Civil Veterinary Department Bihar & Orissa reports 1911-21 - 1911-1921
Year: 1911
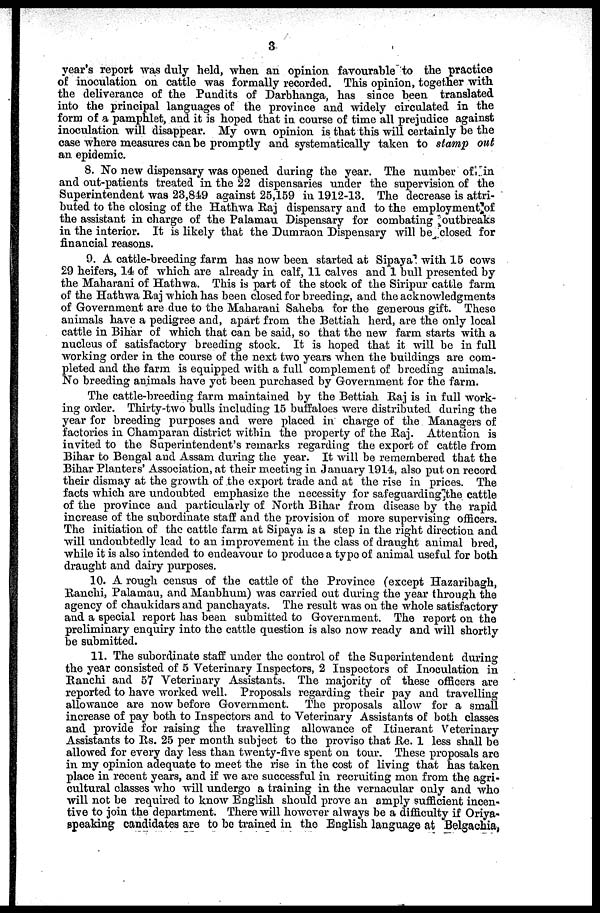
3
year's report was duly held, when an opinion favourable to the practice
of inoculation on cattle was formally recorded. This opinion, together with
the deliverance of the Pundits of Darbhanga, has since been translated
into the principal languages of the province and widely circulated in the
form of a pamphlet, and it is hoped that in course of time all prejudice against
inoculation will disappear. My own opinion is that this will certainly be the
case where measures can be promptly and systematically taken to stamp out
an epidemic.
8. No new dispensary was opened during the year. The number of, in
and out-patients treated in the 22 dispensaries under the supervision of the
Superintendent was 23,849 against 25,159 in 1912-13. The decrease is attri-
buted to the closing of the Hathwa Raj dispensary and to the employment of
the assistant in charge of the Palamau Dispensary for combating outbreaks
in the interior. It is likely that the Dumraon Dispensary will be closed for
financial reasons.
9. A cattle-breeding farm has now been started at Sipaya with 15 cows
29 heifers, 14 of which are already in calf, 11 calves and 1 bull presented by
the Maharani of Hathwa. This is part of the stock of the Siripur cattle farm
of the Hathwa Raj which has been closed for breeding, and the acknowledgments
of Government are due to the Maharani Saheba for the generous gift. These
animals have a pedigree and, apart from the Bettiah herd, are the only local
cattle in Bihar of which that can be said, so that the new farm starts with a
nucleus of satisfactory breeding stock. It is hoped that it will be in full
working order in the course of the next two years when the buildings are com-
pleted and the farm is equipped with a full complement of breeding animals.
No breeding animals have yet been purchased by Government for the farm.
The cattle-breeding farm maintained by the Bettiah Raj is in full work-
ing order. Thirty-two bulls including 15 buffaloes were distributed during the
year for breeding purposes and were placed in charge of the Managers of
factories in Champaran district within the property of the Raj. Attention is
invited to the Superintendent's remarks regarding the export of cattle from
Bihar to Bengal and Assam during the year. It will be remembered that the
Bihar Planters' Association, at their meeting in January 1914, also put on record
their dismay at the growth of the export trade and at the rise in prices. The
facts which are undoubted emphasize the necessity for safeguarding the cattle
of the province and particularly of North Bihar from disease by the rapid
increase of the subordinate staff and the provision of more supervising officers.
The initiation of the cattle farm at Sipaya is a step in the right direction and
will undoubtedly lead to an improvement in the class of draught animal bred,
while it is also intended to endeavour to produce a typo of animal useful for both
draught and dairy purposes.
10. A rough census of the cattle of the Province (except Hazaribagh,
Ranchi, Palamau, and Manbhum) was carried out during the year through the
agency of chaukidars and panchayats. The result was on the whole satisfactory
and a special report has been submitted to Government. The report on the
preliminary enquiry into the cattle question is also now ready and will shortly
be submitted.
11. The subordinate staff under the control of the Superintendent during
the year consisted of 5 Veterinary Inspectors, 2 Inspectors of Inoculation in
Ranchi and 57 Veterinary Assistants. The majority of these officers are
reported to have worked well. Proposals regarding their pay and travelling
allowance are now before Government. The proposals allow for a small
increase of pay both to Inspectors and to Veterinary Assistants of both classes
and provide for raising the travelling allowance of Itinerant Veterinary
Assistants to Rs. 25 per month subject to the proviso that Re. 1 less shall be
allowed for every day less than twenty-five spent on tour. These proposals are
in my opinion adequate to meet the rise in the cost of living that has taken
place in recent years, and if we are successful in recruiting men from the agri-
cultural classes who will undergo a training in the vernacular only and who
will not be required to know English should prove an amply sufficient incen-
tive to join the department. There will however always be a difficulty if Oriya-
speaking candidates are to be trained in the English language at Belgachia,